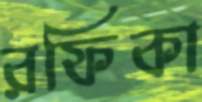
রফিকা